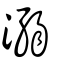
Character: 溺